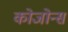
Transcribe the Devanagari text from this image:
कोजोन्स